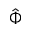
\hat { \Phi }